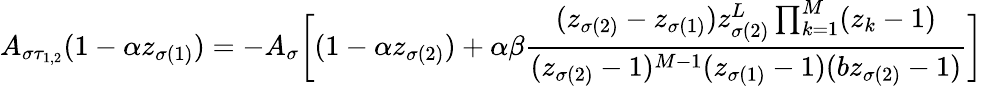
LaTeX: A_{\sigma\tau_{1,2}}(1-\alpha z_{\sigma(1)})=-A_{\sigma}\bigg[(1-\alpha z_{\sigma(2)})+\alpha\beta\frac{(z_{\sigma(2)}-z_{\sigma(1)})z_{\sigma(2)}^{L}\prod_{k=1}^{M}(z_{k}-1)}{(z_{\sigma(2)}-1)^{M-1}(z_{\sigma(1)}-1)(bz_{\sigma(2)}-1)}\bigg]